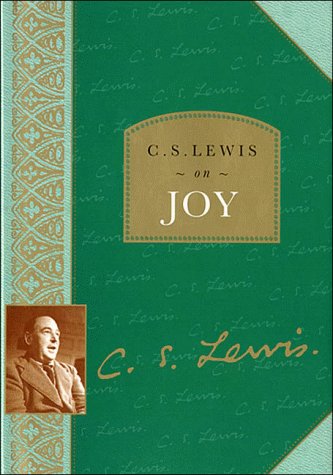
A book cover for C. S. Lewis on Joy; C. S. Lewis; Christian Books & Bibles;